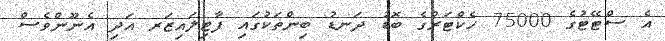
އެ ސްޓޭޓުގެ 75000 ހެކްޓަރުގެ ބޮޑު ދަނޑު ބިންތަކުގައި ފާޓިލައިޒަރ އަދި އެނޫންވެސް